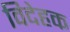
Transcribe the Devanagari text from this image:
विदेहक